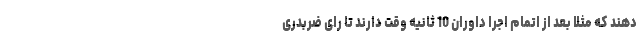
دهند که مثلا بعد از اتمام اجرا داوران 10 ثانیه وقت دارند تا رای ضربدری